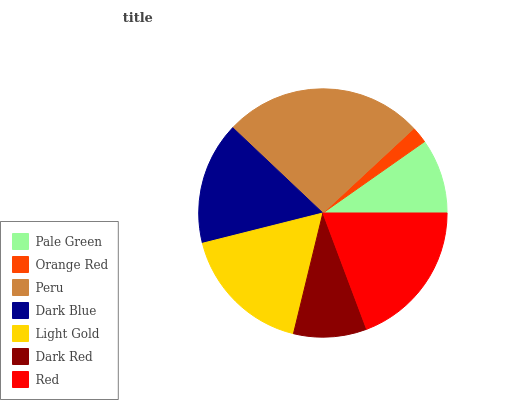
| Pale Green | Orange Red | Peru | Dark Blue | Light Gold | Dark Red | Red |
 | --- | --- | --- | --- | --- | --- | --- |
 | 9.75% | 2.16% | 26.1% | 15.9% | 17.3% | 9.51% | 19.2% |